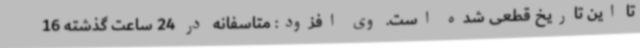
تا این تاریخ قطعی شده است. وی افزود: متاسفانه در 24 ساعت گذشته 16